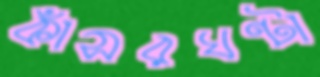
কাঁসরঘণ্টা